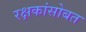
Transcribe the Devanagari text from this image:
रक्षकांसोबत